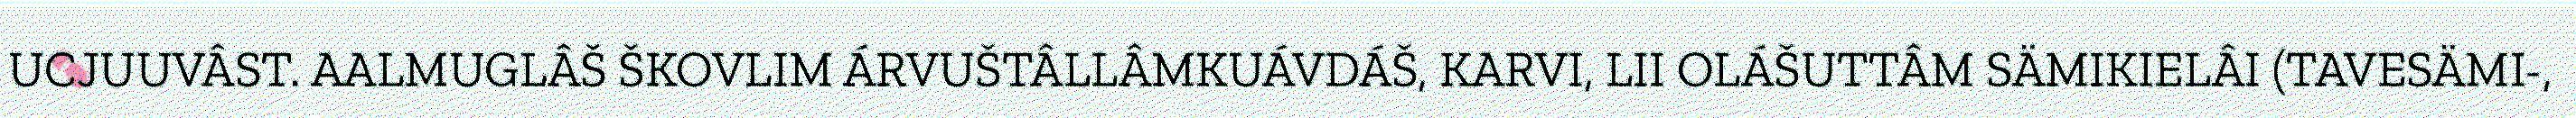
UCJUUVÂST. AALMUGLÂŠ ŠKOVLIM ÁRVUŠTÂLLÂMKUÁVDÁŠ, KARVI, LII OLÁŠUTTÂM SÄMIKIELÂI (TAVESÄMI-,